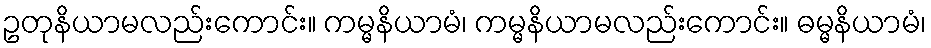
ဥတုနိယာမလည်းကောင်း။ ကမ္မနိယာမံ၊ ကမ္မနိယာမလည်းကောင်း။ ဓမ္မနိယာမံ၊